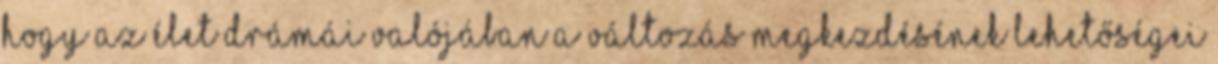
hogy az élet drámái valójában a változás megkezdésének lehetőségei